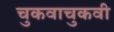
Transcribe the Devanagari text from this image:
चुकवाचुकवी